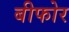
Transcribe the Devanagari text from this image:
बीफोर